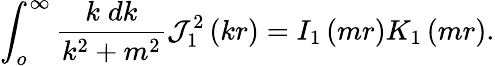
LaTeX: \int_{o}^{\infty}{\frac{k\; dk}{k^{2}+m^{2}}}{\mathcal{J}}_{1}^{2}\left(kr\right)=I_{1}\left(mr\right)K_{1}\left(mr\right).